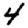
Digit: 4